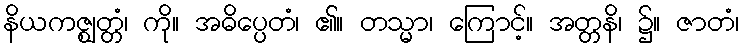
နိယကဇ္ဈတ္တံ၊ ကို။ အဓိပ္ပေတံ၊ ၏။ တသ္မာ၊ ကြောင့်။ အတ္တနိ၊ ၌။ ဇာတံ၊